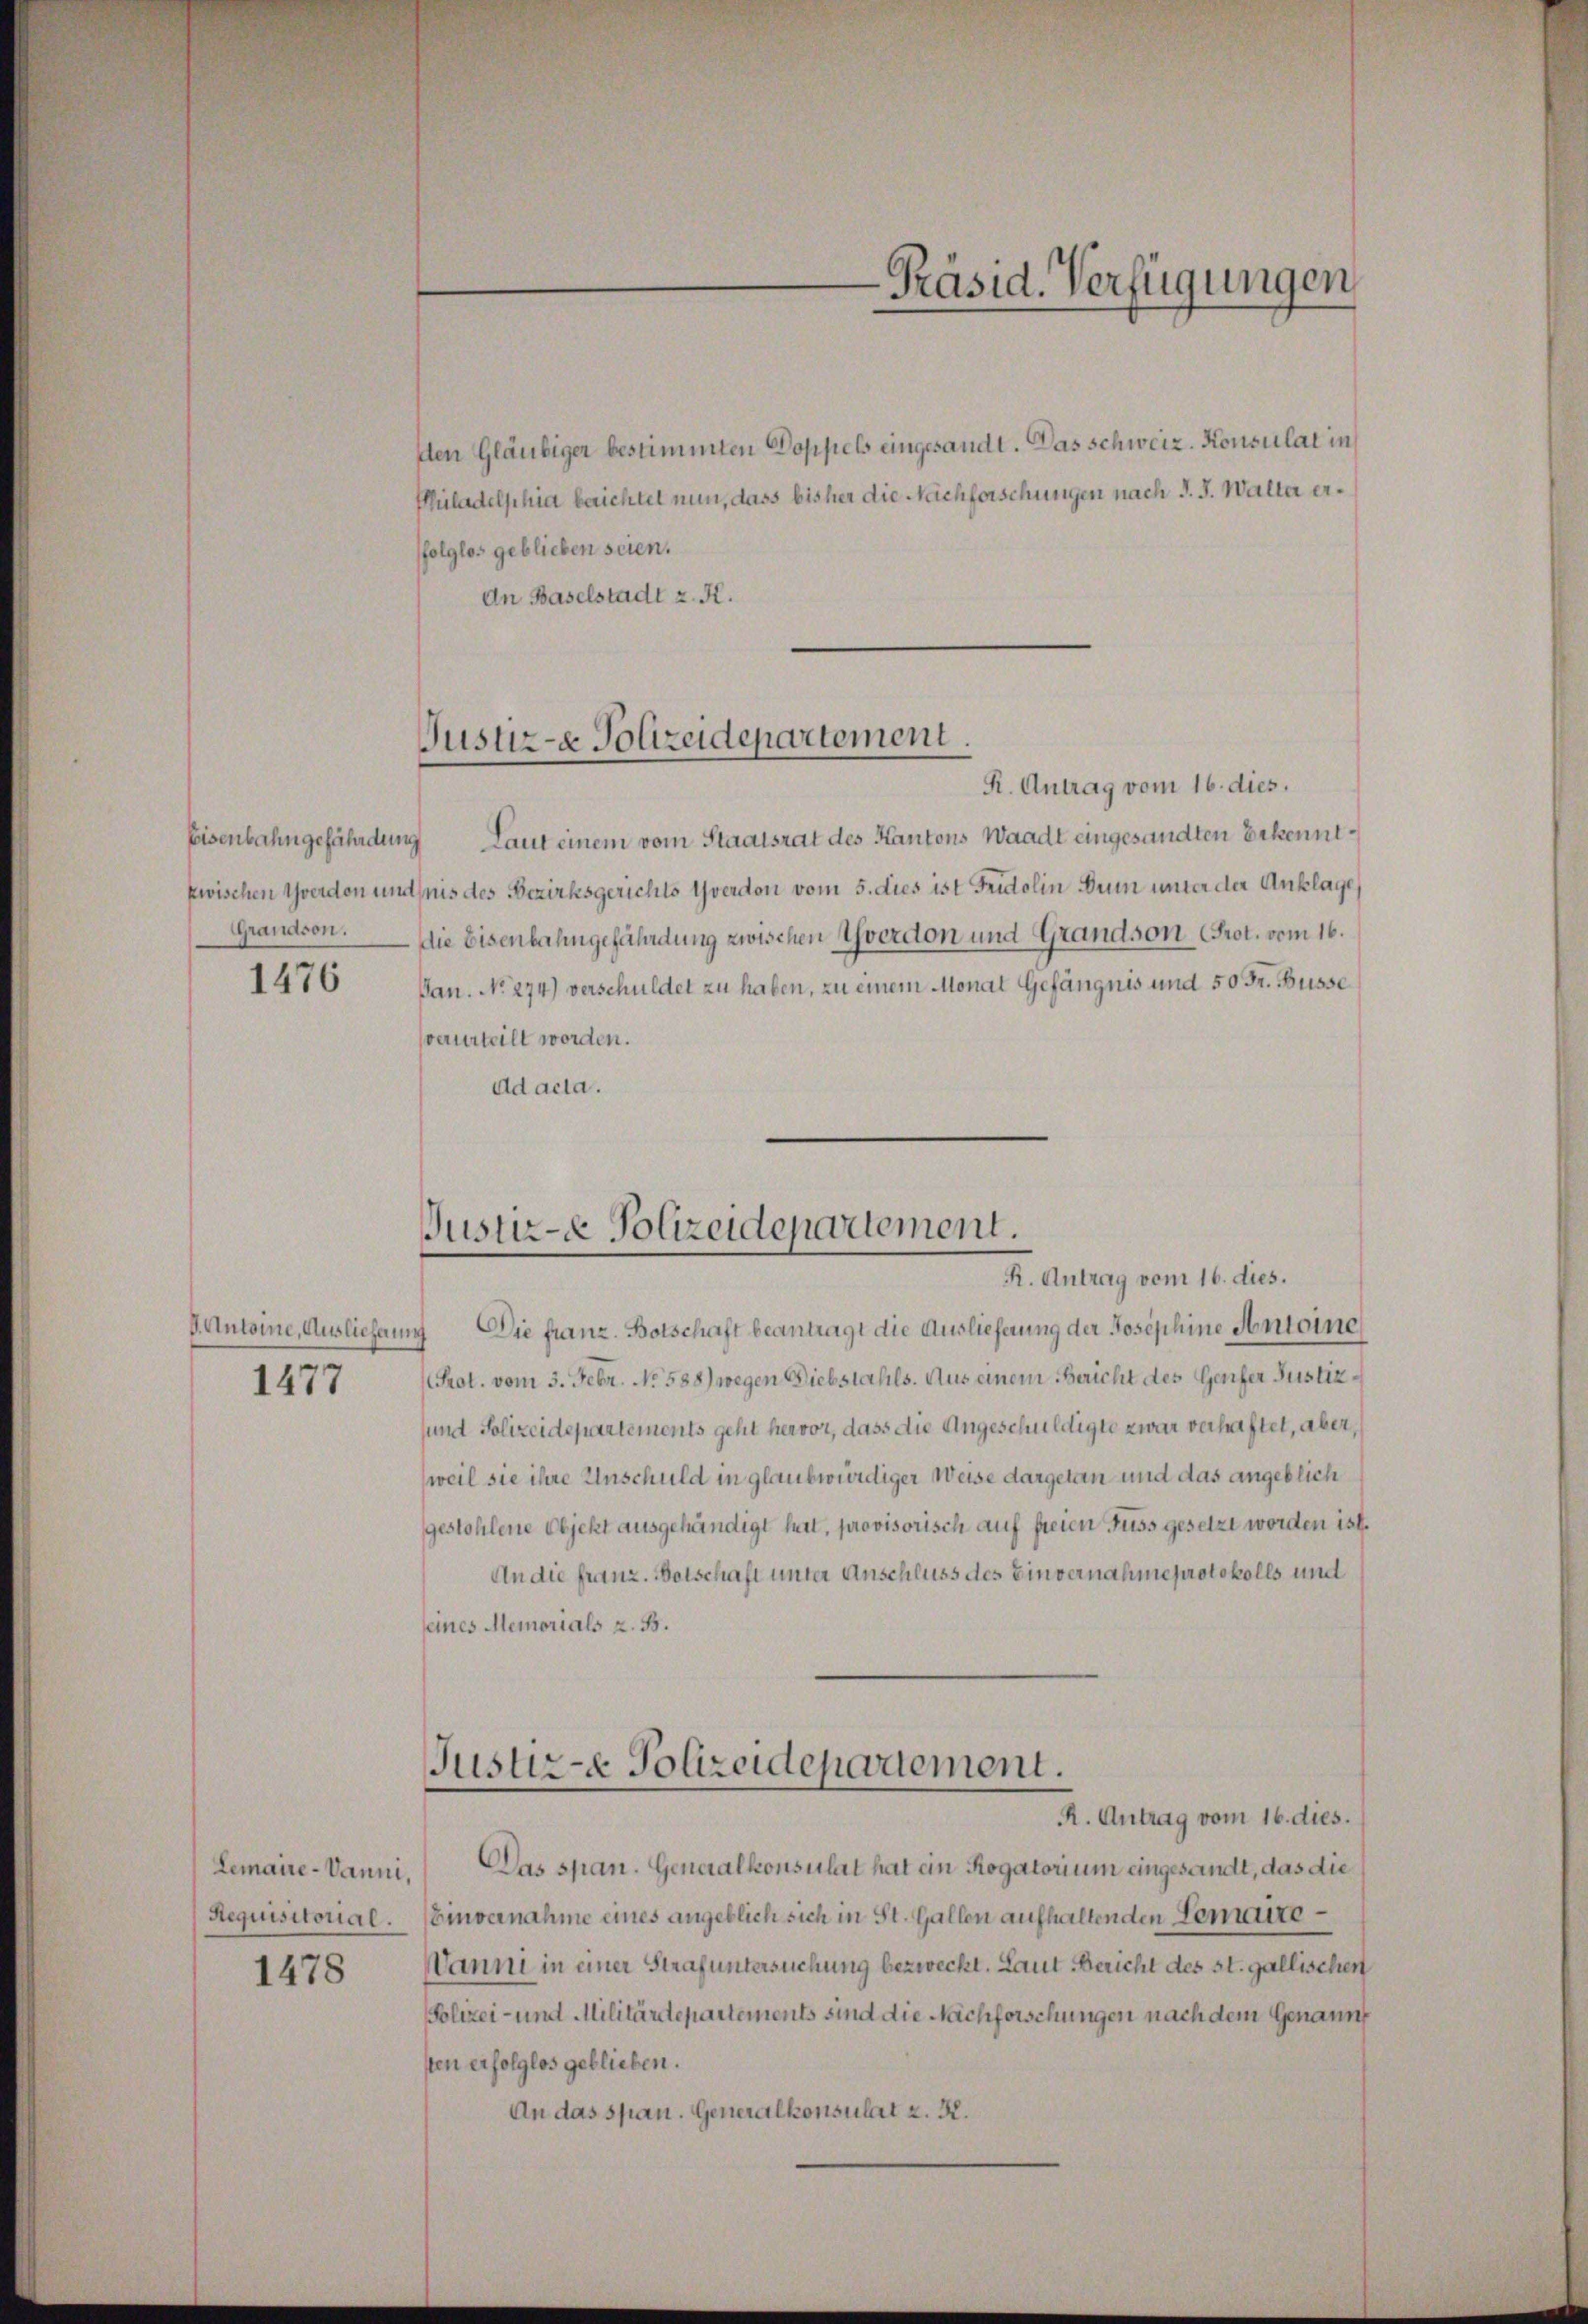
1476

J. Antoine, Auslieferung
1477

1478

dten Gläubiger bestimmten Doppels eingesandt. Das schweiz. Konsulat in
Philadelphia berichtet nun, dass bisher die Nachforschungen nach d. J. Walter erfolglos geblieben seien.
dn Baselstadt z. K.

Justiz- & Polizeidepartement.

R. Antrag vom 16. dies.
Eisenbahngefährdung Laut einem vom Staatsrat des Kantons Waadt eingesandten Erkenntzwischen Yverdon und nis des Bezirksgerichts Yverdon vom 5. dies ist Fridolin Dein unter der Anklage,
Grandson. Die Eisenbahngefährdung zwischen verdon und Grandson Prot. vom 16.
Jan. No 274) verschuldet zu haben, zu einem Monat Gefängnis und 50 Fr. Busse
verurteilt worden.
ad acta.

-Präsid. Verfügungen

Justiz- Polizeidepartement.
R. Antrag vom 16. dies.

Die franz. Botschaft beantragt die Auslieferung der Josephine Antoine
Prot. vom 3. Febr. No. 588) wegen Diebstahls. Aus einem Bericht des Genfer Justiz
sund Polizeidepartements geht hervor, dass die Angeschuldigte zwar verhaftet, aber,
weil sie ihre Anschuld in glaubwürdiger Weise dargetan und das angeblich
gestohlene Objekt ausgehändigt hat, provisorisch auf freien Fuss gesetzt worden ist.
An die franz. Botschaft unter Anschluss des Einvernahmeprotokolls und
seines Memorials z. B.
Justiz- & Polizeidepartement.
R. Antrag vom 16. dies.
Lemaire-Vanni. Das span. Generalkonsulat hat ein Rogatorium eingesandt, das die
Requisitorial. Einvernahme eines angeblich sich in St. Gallen aufhaltenden Gemaite¬
Danni in einer Strafuntersuchung bezweckt. Laut Bericht des st. gallischen
Polizei- und Militärtepartements sind die Nachforschungen nach dem Genannt
sten erfolglos geblieben.
An das span. Generalkonsulat z. R.